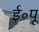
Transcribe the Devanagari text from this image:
ई॰पू